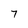
Character: 7